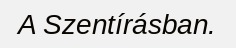
A Szentírásban.